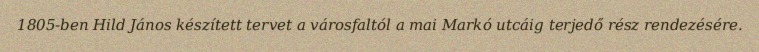
1805-ben Hild János készített tervet a városfaltól a mai Markó utcáig terjedő rész rendezésére.